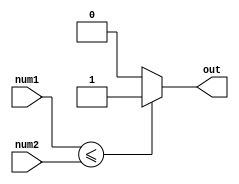
module less_than_equal_to_comparator(
    input [7:0] num1,
    input [7:0] num2,
    output reg out
);

always @(*) begin
    if(num1 <= num2) begin
        out = 1;
    end else begin
        out = 0;
    end
end

endmodule